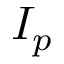
I _ { p }